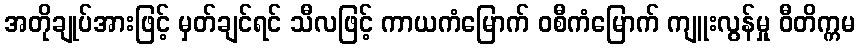
အတိုချုပ်အားဖြင့် မှတ်ချင်ရင် သီလဖြင့် ကာယကံမြောက် ဝစီကံမြောက် ကျူးလွန်မှု ဝီတိက္ကမ